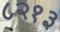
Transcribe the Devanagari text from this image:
८२१३